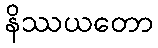
နိဿယတော